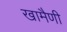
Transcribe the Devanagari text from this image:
खामैणी